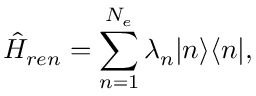
\hat { H } _ { r e n } = \sum _ { n = 1 } ^ { N _ { e } } \lambda _ { n } | n \rangle \langle n | ,